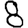
Digit: 8